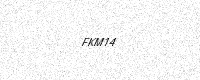
Text: FKM14